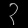
Digit: ၃